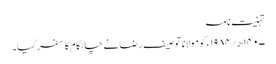
تہنیت نامہ
۱۴۰۷ھ؍۱۹۸۴ء کو مولانا توصیف رضانے چاٹگام کا سفر کیا۔